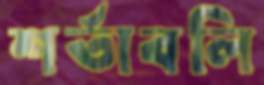
শর্তাবলি